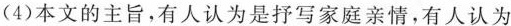
(4)本文的的有人认为是抒写家庭亲情，有人认为